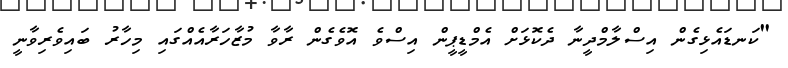
"ކަނޑައެޅިގެން އިސްލާމްދީނާ ދެކޮޅަށް އެމްޑީޕީން އިސްވެ އޮވެގެން ރާވާ މުޒާހަރާއެއްގައި މިހާރު ބައިވެރިވާނީ